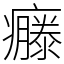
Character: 𤻴